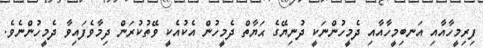
ފިރިމީހާއާއި އަނބިމީހާއާއި ދެމީހުންނަކީ ދުނިޔޭގެ ޙަޔާތް ދެމީހުން އެކުއެކީ ވޭތުކުރަން ދިމާވެފައިވާ ދެމީހުންނެވެ.